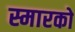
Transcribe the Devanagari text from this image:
स्मारको